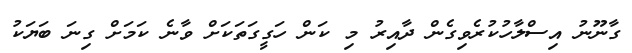
ގާނޫނު އިސްލާހުކުރެވިގެން ދާއިރު މި ކަން ހަގީގަތަކަށް ވާނެ ކަމަށް ގިނަ ބަޔަކު